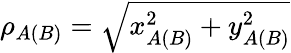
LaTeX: \rho_{A(B)}=\sqrt{x_{A(B)}^{2}+y_{A(B)}^{2}}